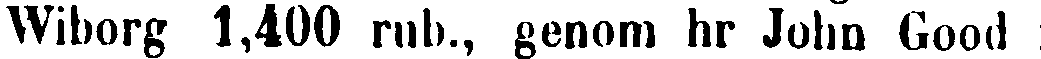
Wiborg 1,400 rub., genom hr John Good i